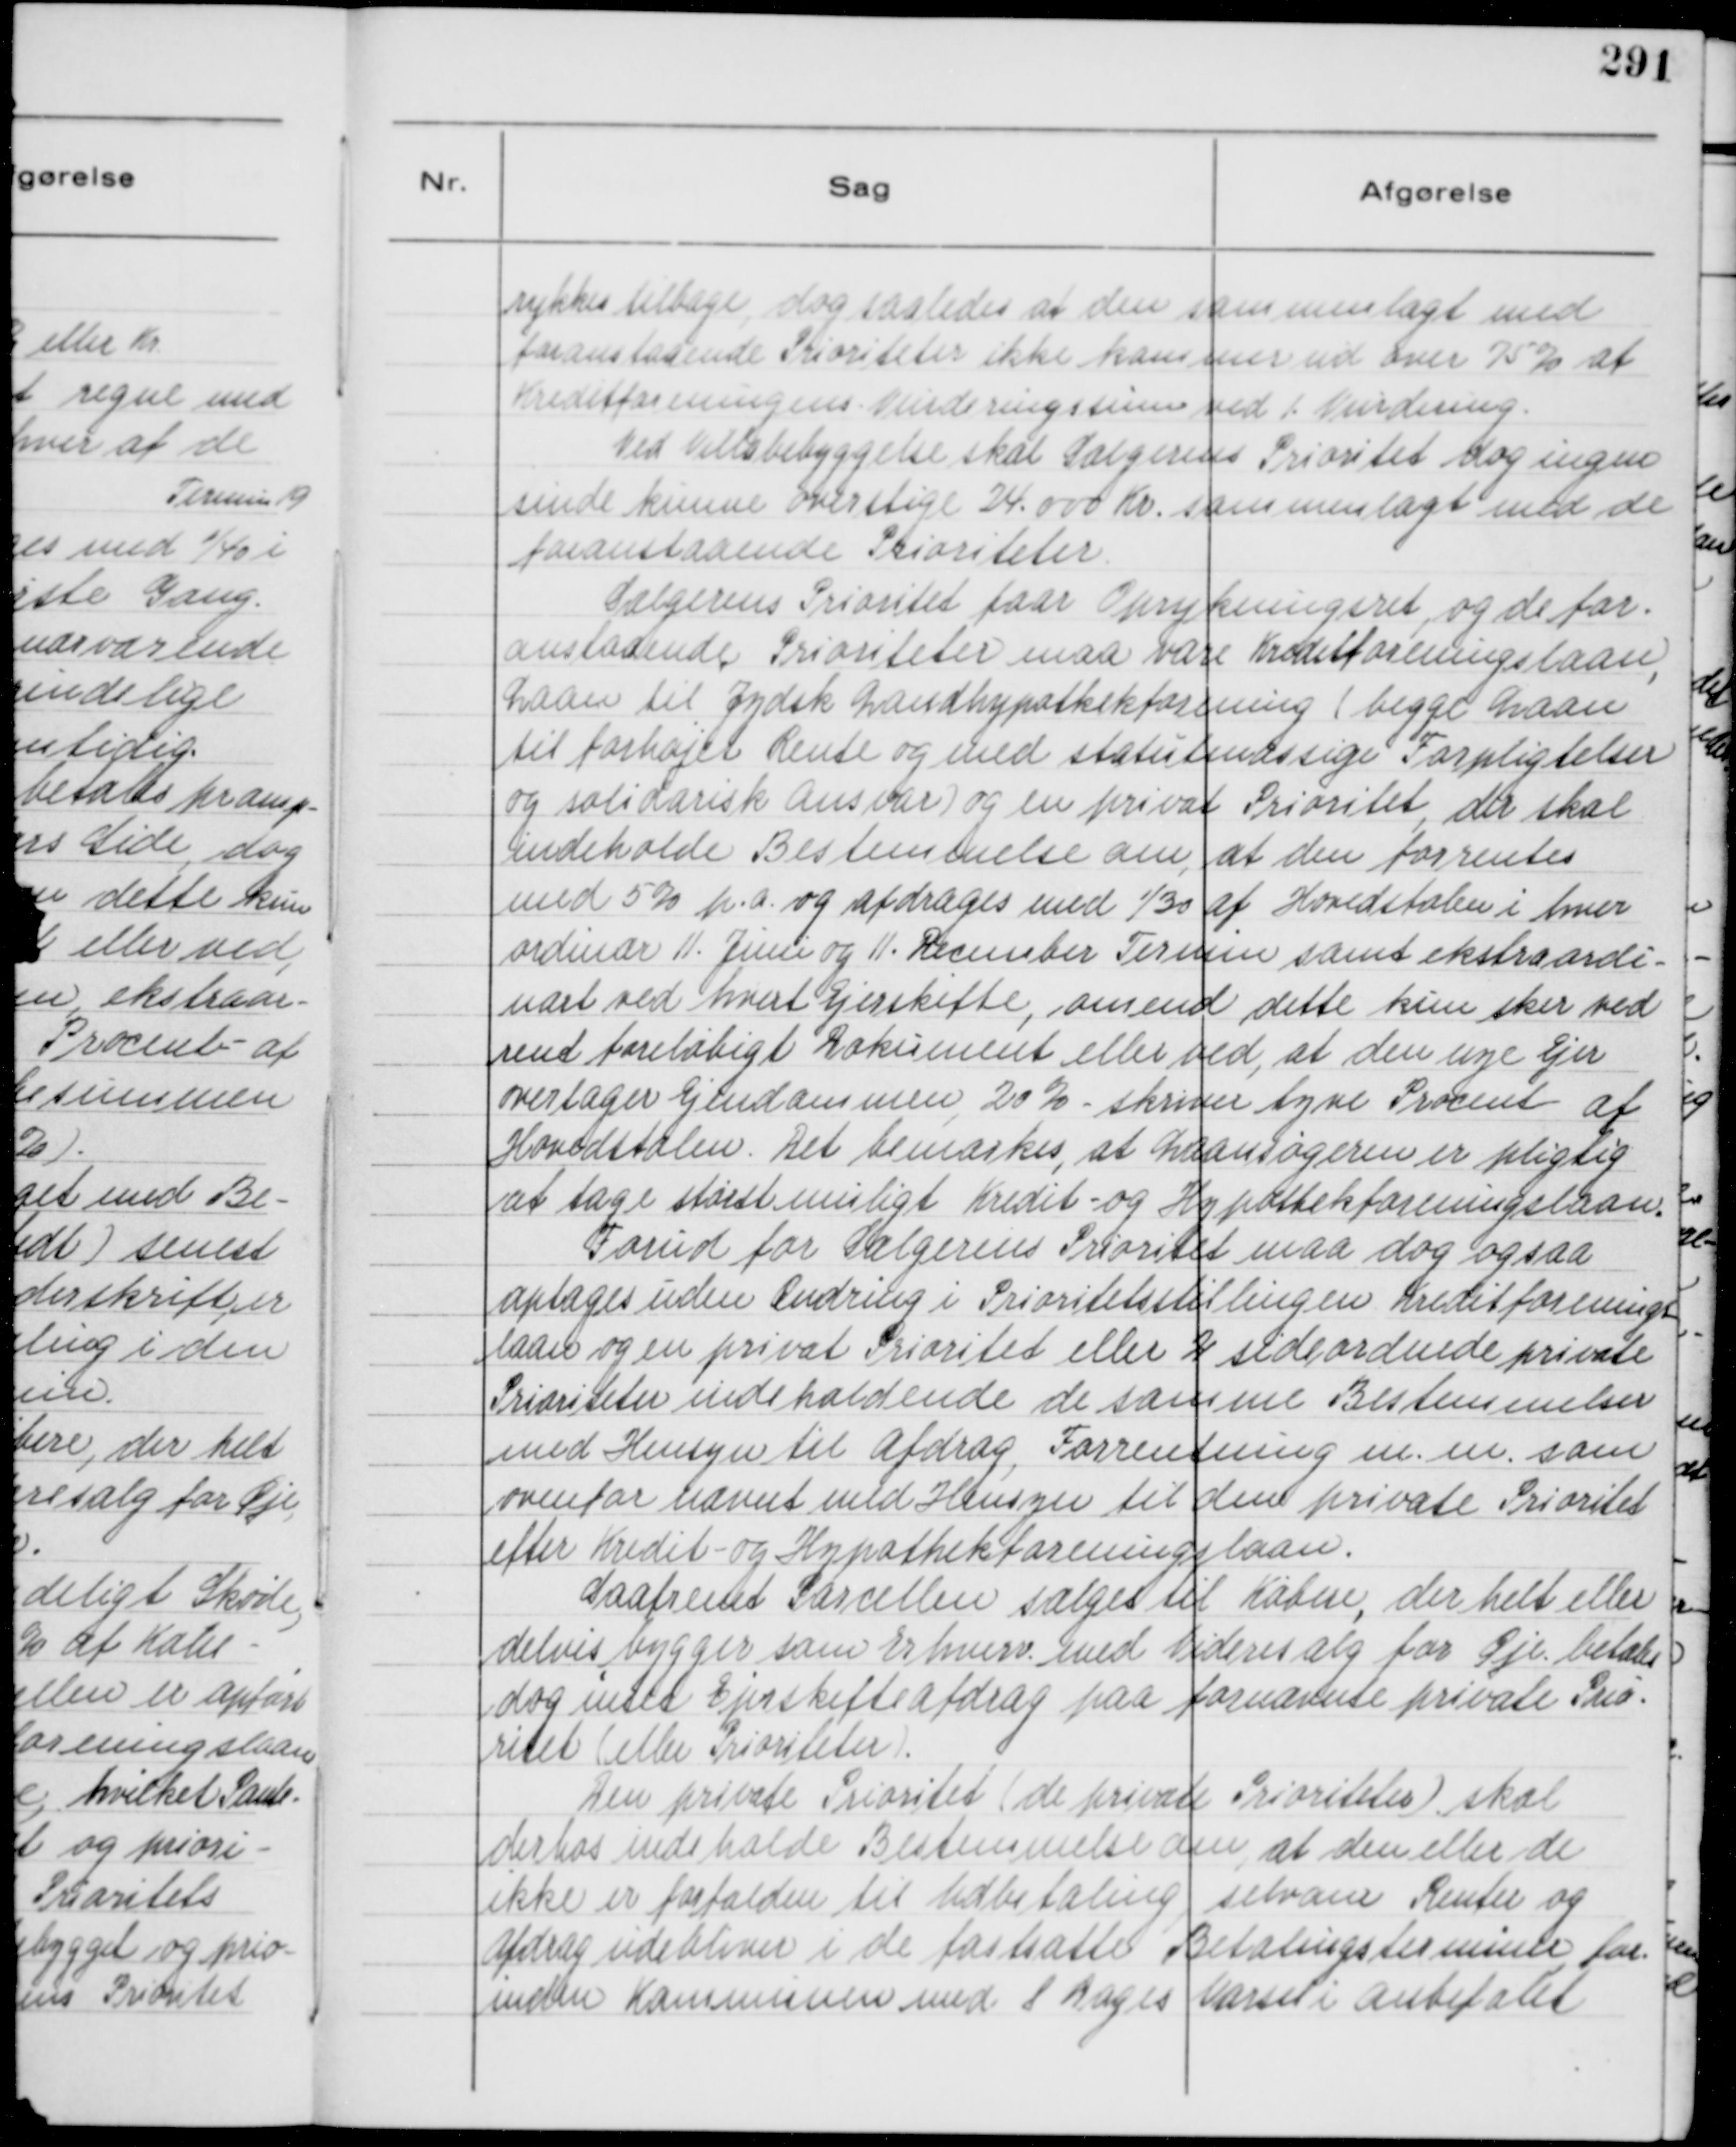
Transskription:
rykkes tilbage dog saaledes at den sammenlagt med
foranstaaende Prioriteter ikke kommer ud over 75% af
Kreditforeningens Vurderingssum ved 1. Vurdering.
Ved Villabebyggelse skal Sælgerens Prioritet dog ingen
sinde kunne overstige 24.000 kr. sammenlagt med de
foranstaaende Prioriteter.
Sælgerens Prioritet faar Oprykningsret, og de for-
anstaaende Prioriteter maa være Kreditforeningslaan,
Laan til Jydsk Landhypotkekforening ( begge Laan
til forhøjet Rente og med statutmæssige Forpligtelser
og solidarisk Ansvar ) og en privat Prioritet, der skal
indeholde Bestemmelse om, at den forrentes
med 5% p. a. og afdrages med 1/30 af Hovedstolen i hver
ordinær 11. Juni og 11. December Termin samt ekstraordi-
nært ved hvert Ejerskifte, omend dette kun sker ved
rent foreløbigt Dokument eller ved, at den nye Ejer
overtager Ejendommen, 20% - skriver tyve Procent af
Hovedstolen. Det bemærkes, at Laansøgeren er pligtig
at tage størst muligt Kredit- og Hypothekforeningslaan.
Forud for Sælgerens Prioritet maa dog ogsaa
optages uden Ændring i Priorietsstillingen Kreditforenings
laan og en privat Prioritet eller 2 sideordnede private
Prioriteter indeholdende de samme Bestemmelser
med Hensyn til Afdrag, Forrentning m. m. som
ovenfor nævnt med Hensyn til den private Prioritet
efter Kredit- og Hypothekforeningslaan.
Saafremt Parcellen sælges til Købere, der helt eller
delvis bygger som Erhverv med Videresalg for Øje . betales
dog intet Ejerskifteafdrag paa fornævnte private Prio-
ritet ( eller Prioriteter ).
Den private Prioritet ( de private Prioriteter ) skal
derhos indeholde Bestemmelse om, at den eller de
ikke er forfalden til Udbetaling, selvom Renter og
Afdrag udebliver i de fastsatte Betalingsterminer for-
inden Kommunen med 1 Dages Varsel i Anbefalet